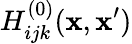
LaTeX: H_{ijk}^{(0)}({\mathbf x},{\mathbf x}^{\prime})